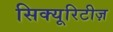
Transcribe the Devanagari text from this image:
सिक्यूरिटीज़